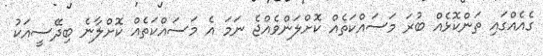
ގެއެއްގައި ތަންކޮޅެއް ބުރަ މަސައްކަތެއް ކޮށްލަންވެއްޖެ ނަމަ އެ މަސައްކަތެއް ކޮށްލާނެ ބިދޭސީއަކު